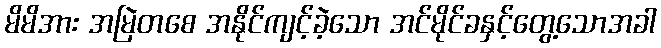
မိမိအား အမြဲတစေ အနိုင်ကျင့်ခဲ့သော အင်မိုင်ခနှင့်တွေ့သောအခါ